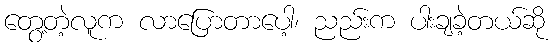
တွေ့တဲ့လူက လာပြောတာပေါ့၊ ညည်းက ပါးချခဲ့တယ်ဆို